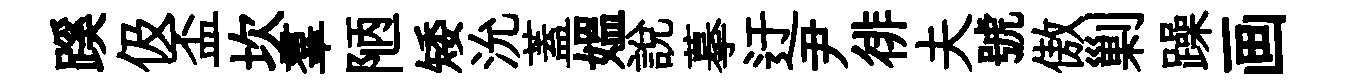
蹊伋盃坎羣陋矮沇蓋媪說摹迂尹徘夫號傲剿躁画